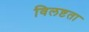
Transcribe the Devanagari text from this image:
विलष्टता